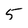
Character: 5